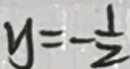
y = - \frac { 1 } { 2 }